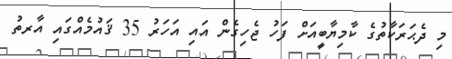
މި ދެޙަރަކާތުގެ ކާމިޔާބީއަށް ފަހު ޖެހިގެން އައި އަހަރު 35 ޤައުމެއްގައި އާރތު